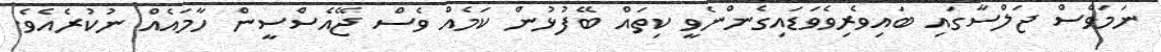
ނަމަވެސް ޖަލްސާގައި ބައިވެރިވެވަޑައިގެންނެވީ ކިތައް ބޭފުޅުން ކަމެއް ވެސް ޖޭއެސްސީން ހާމައެއް ނުކުރެއެވެ.